Civil Veterinary Dept. North-West Frontier Province 1923-32 - 1923-1932
Year: 1923
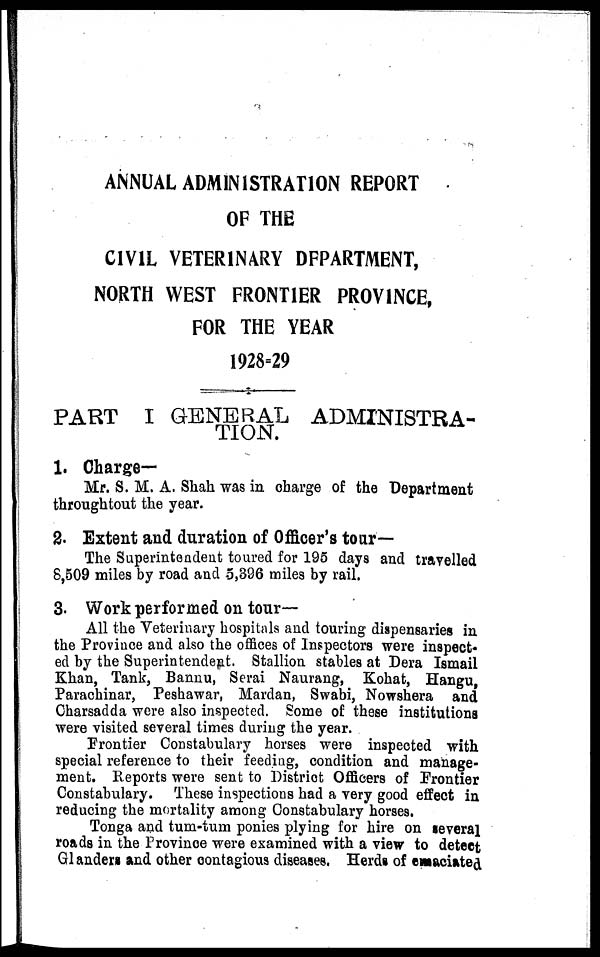
ANNUAL ADMINISTRATION REPORT
OF THE
CIVIL VETERINARY DEPARTMENT,
NORTH WEST FRONTIER PROVINCE,
FOR THE YEAR
1928=29
PART I GENERAL ADMINISTRA-
TION.
1. Charge-
Mr. S. M. A. Shah was in charge of the Department
throughtout the year.
2. Extent and duration of Officer's tour—
The Superintendent toured for 195 days and travelled
8,509 miles by road and 5,396 miles by rail.
3. Work performed on tour-
All the Veterinary hospitals and touring dispensaries in
the Province and also the offices of Inspectors were inspect-
ed by the Superintendent. Stallion stables at Dera Ismail
Khan, Tank, Bannu, Serai Naurang, Kohat, Hangu,
Parachinar, Peshawar, Mardan, Swabi, Nowshera and
Charsadda were also inspected. Some of these institutions
were visited several times during the year.
Frontier Constabulary horses were inspected with
special reference to their feeding, condition and manage-
ment. Reports were sent to District Officers of Frontier
Constabulary. These inspections had a very good effect in
reducing the mortality among Constabulary horses.
Tonga and tum-tum ponies plying for hire on several
roads in the Province were examined with a view to detect
Glanders and other contagious diseases. Herds of emaciated